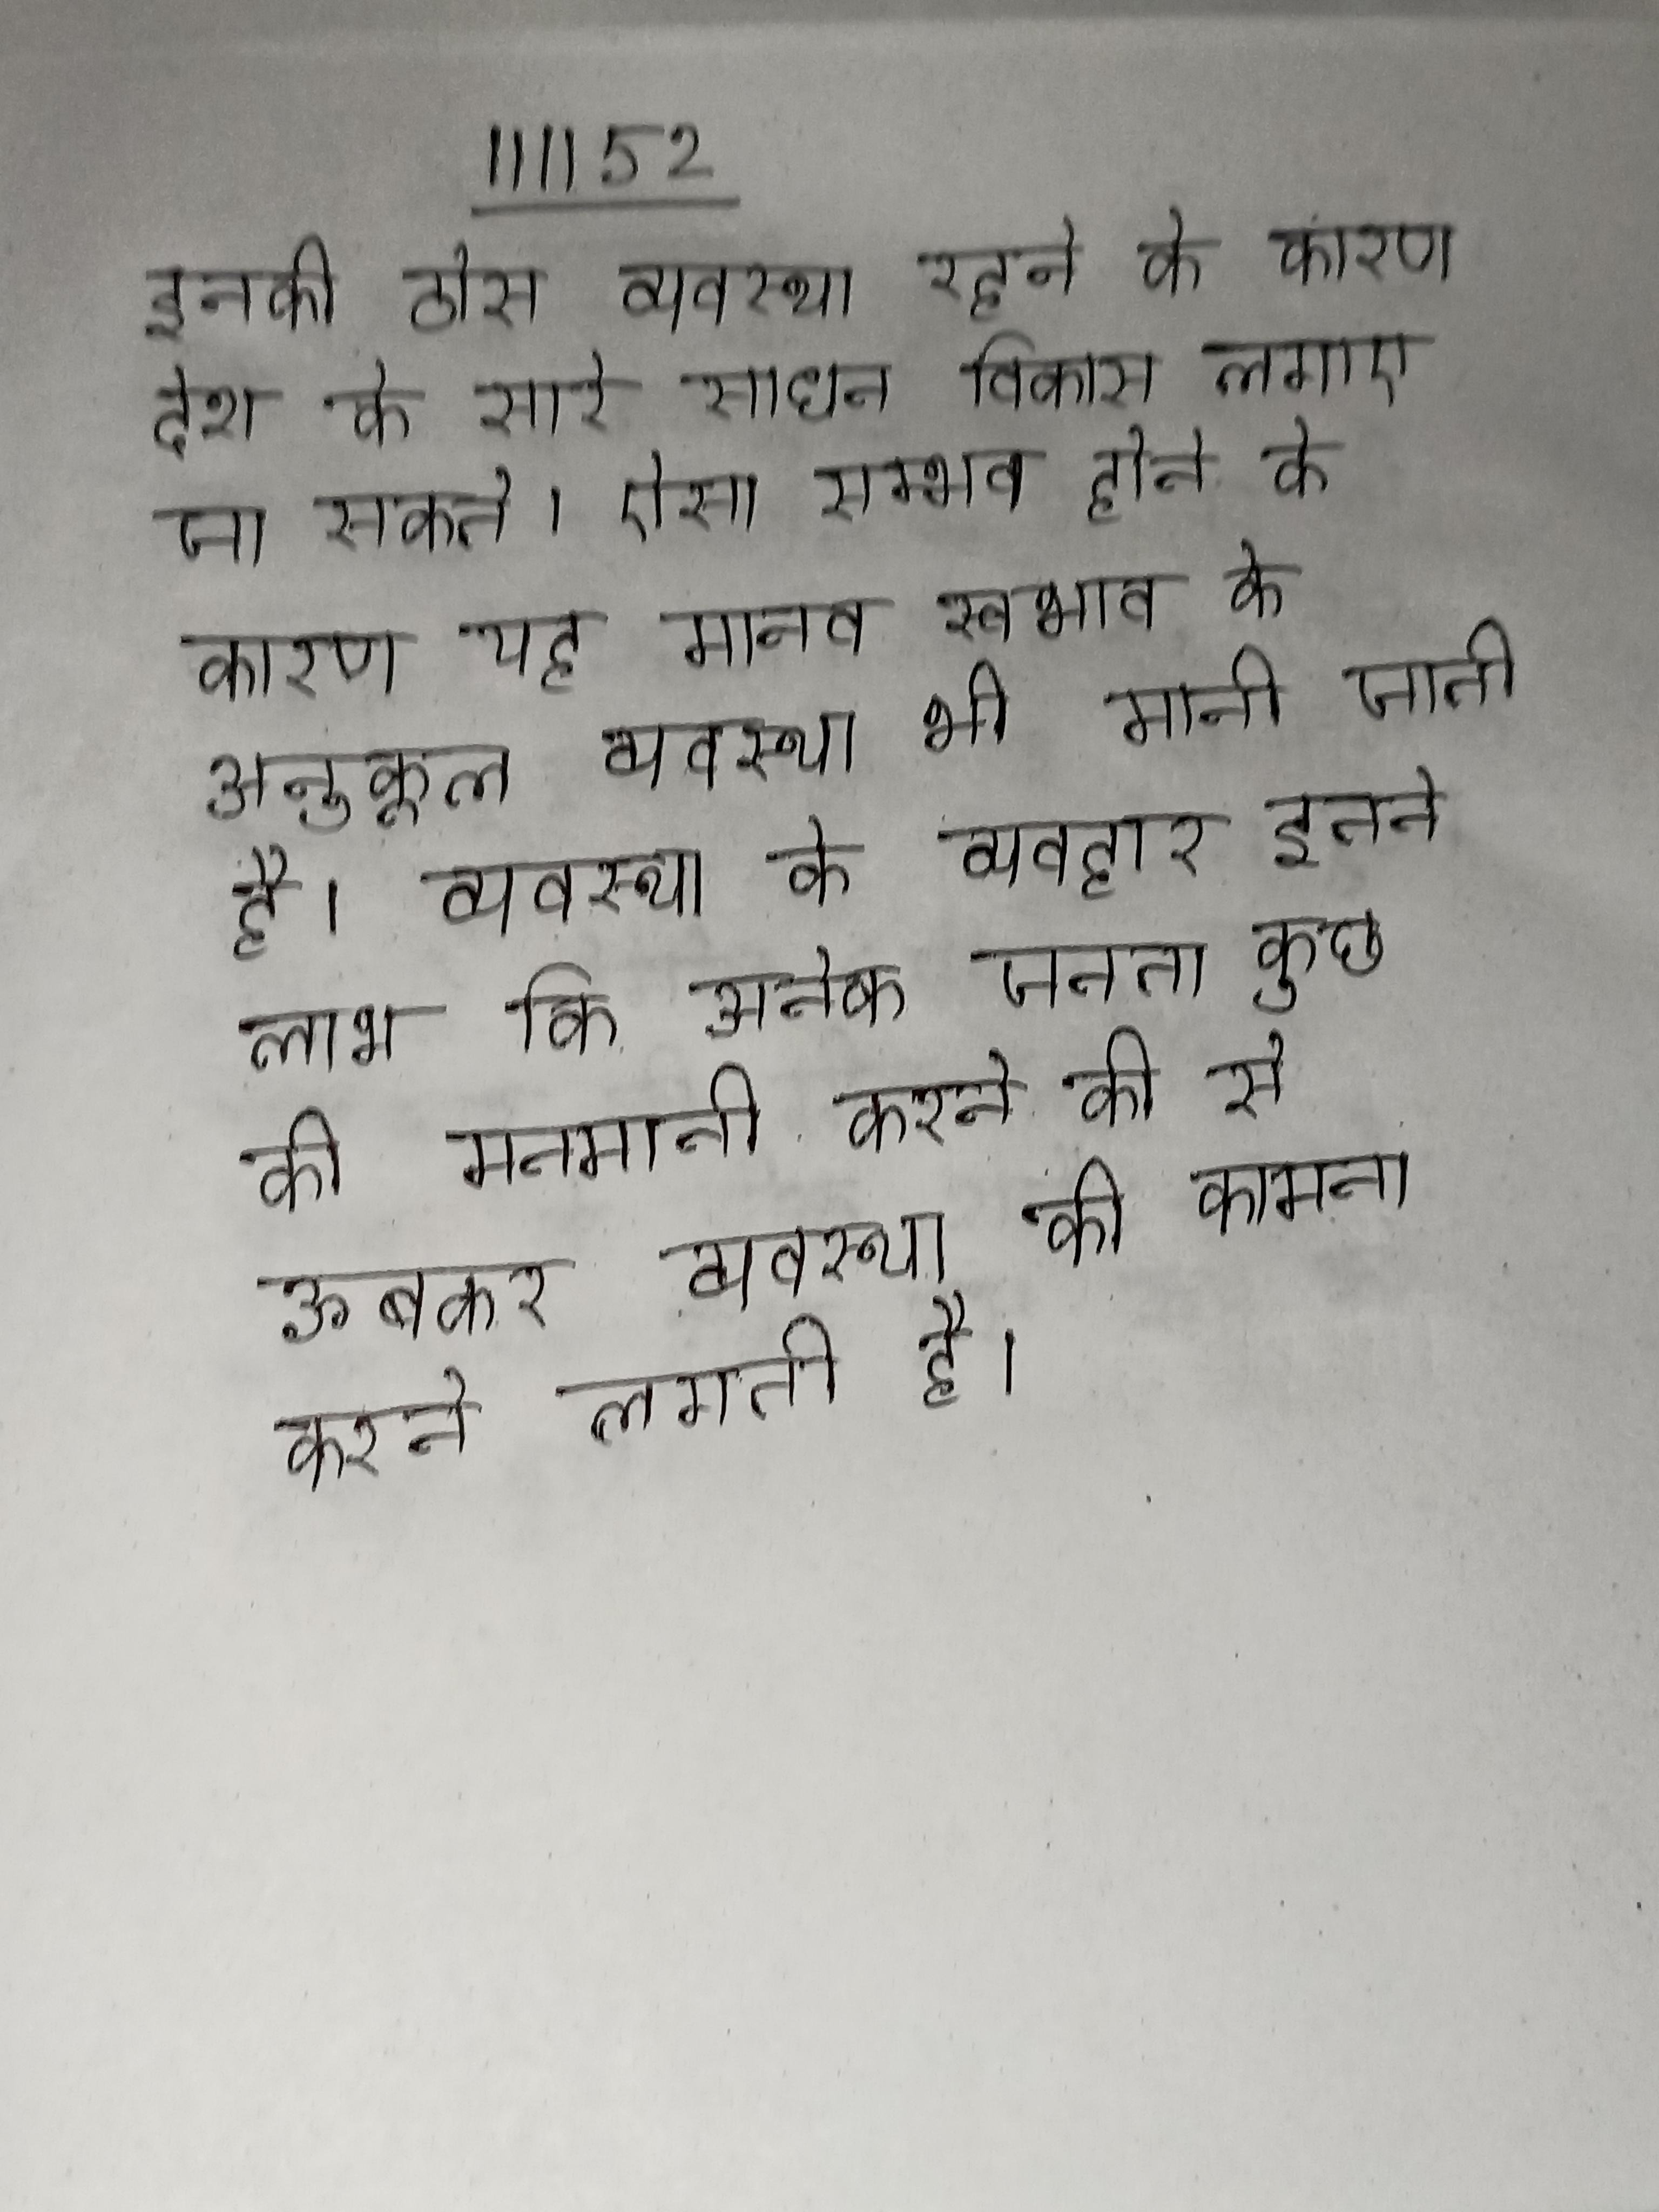
इनकी ठोस व्यवस्था रहने के कारण देश के सारे साधन विकास लगाए जा सकते । ऐसा सम्भव होने के कारण यह मानव स्वभाव के अनुकूल व्यवस्था भी मानी जाती है । व्यवस्था के व्यवहार इतने लाभ कि अनेक जनता कुछ की मनमानी करने की से ऊबकर व्यवस्था की कामना करने लगती है ।